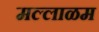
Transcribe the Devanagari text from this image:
मल्लाळम